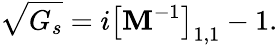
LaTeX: \sqrt{G_{s}}=i\left[\mathbf{M}^{-1}\right]_{1,1}-1.